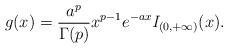
LaTeX: \begin{align*}g(x)=\frac{a^p}{\Gamma(p)}x^{p-1}e^{-ax}\mathit{I}_{(0,+\infty)}(x).\end{align*}